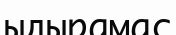
ыдырамас